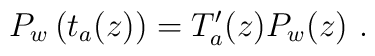
P_w\left( t_a(z)\right) =T'_a(z)P_w(z)\ .